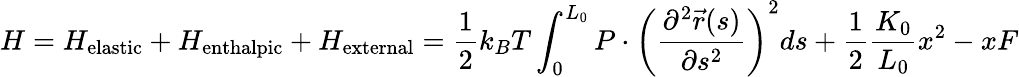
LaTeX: H=H_{\mathrm{{elastic}}}+H_{\mathrm{{enthalpic}}}+H_{\mathrm{{external}}}={\frac{1}{2}}k_{B}T\int_{0}^{L_{0}}P\cdot\left({\frac{\partial^{2}{\vec{r}}(s)}{\partial s^{2}}}\right)^{2}ds+{\frac{1}{2}}{\frac{K_{0}}{L_{0}}}x^{2}-xF